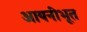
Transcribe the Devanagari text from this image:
आयनीभूत